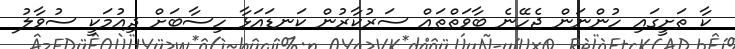
ކާ ތަށީގައި ހުންނަން ޖެހޭނެ ބާވަތްތައް ސަރުކާރުން ކަނޑައަޅާ ހިސާބަށް ދިއުމަކީ ސުވާލު